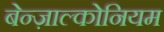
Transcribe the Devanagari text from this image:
बेन्ज़ाल्कोनियम